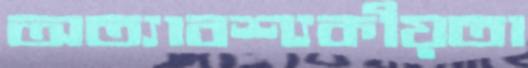
অত্যাবশ্যকীয়তা